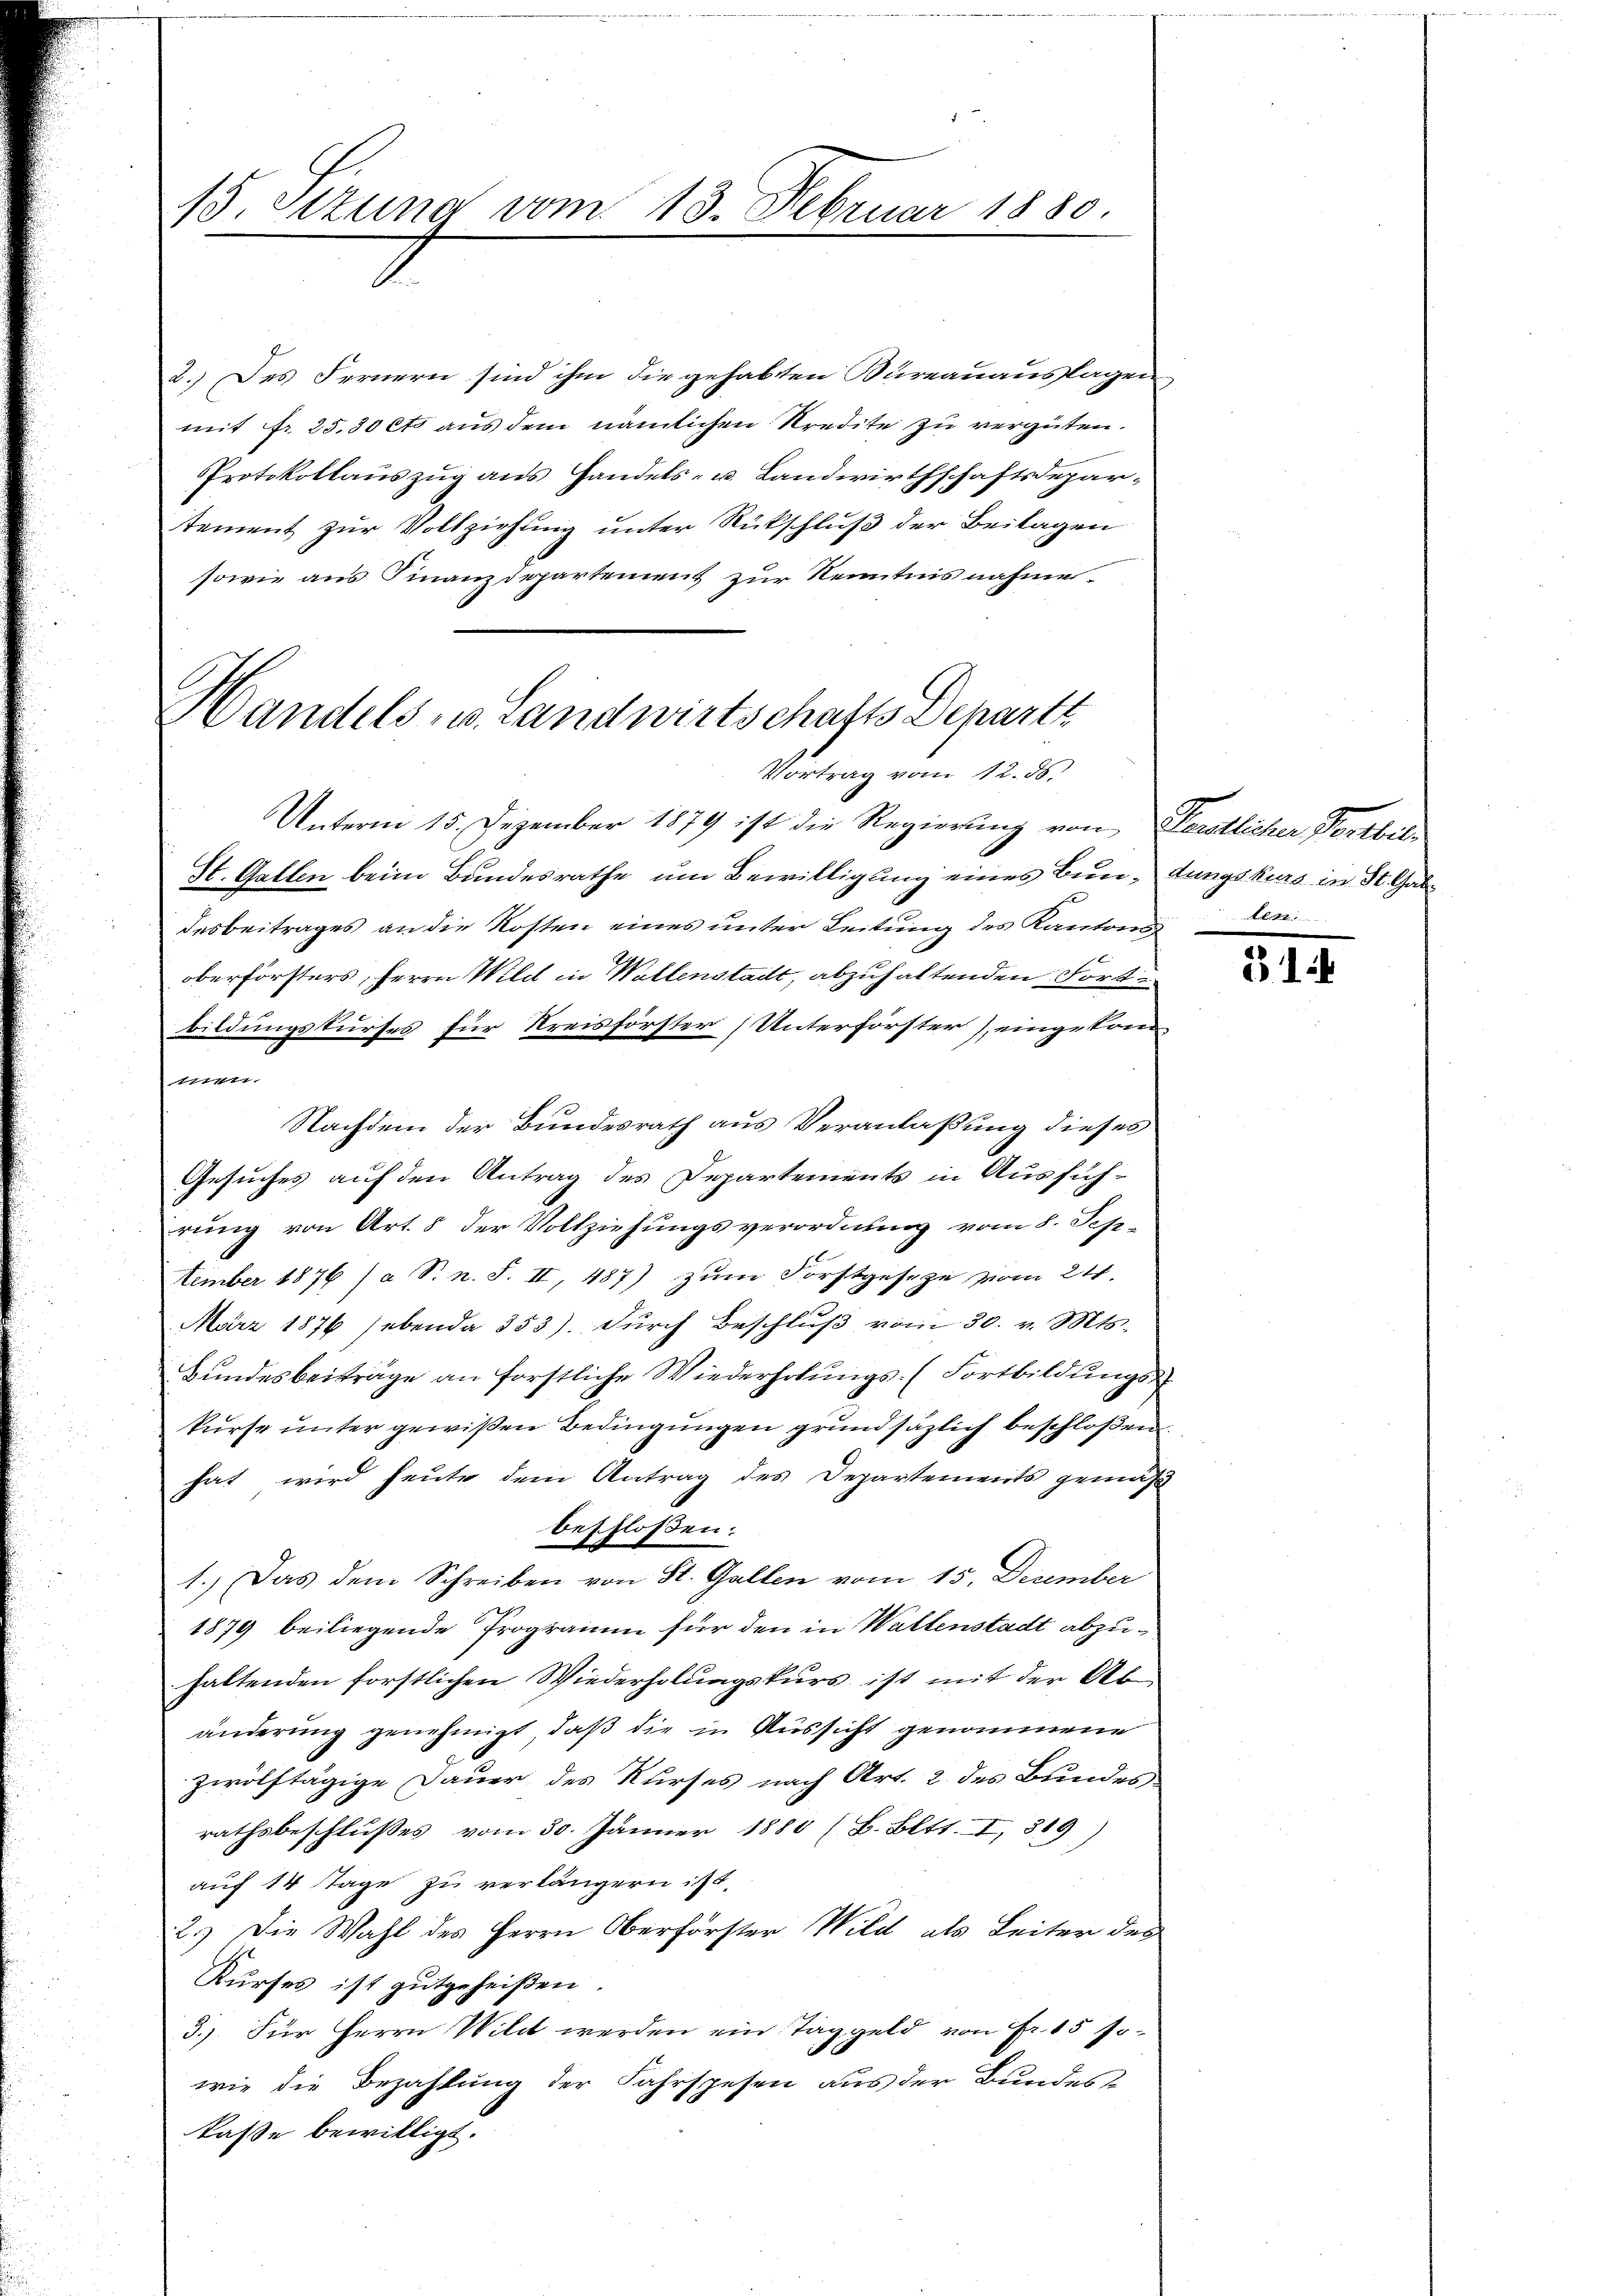
2.) Des Fernern sind ihm die gehabten Bureauauslagen
mit fr. 25.30 cts aŭs dem nämlichen Kredite zu vergüten.
Protokollauszug aus Handels- u. Landwirthschaftsdepartement zur Vollziehung unter Rückschluß der Beilagen
sowie aus Finanzdepartement zur Kenntnis nahme.

Handels- u. Landwirtschafts Departe
Vortrag vom 12. ds.

Unterm 15. Dezember 1879 ist die Regierung von Perstlicher Fortbil¬
St. Gallen beim Bundesrathe um Bewilligung eines Bundungskurs in St. Galdesbeitrages an die Kosten eines unter Leitung des Kantons
oberförsters, Herrn Wild in Wallenstadt, abzuhaltenden Fort
bildungskurses für Kreisförster (Unterförster), eingekomtti.
Nachdem der Bundesrath aus Veranlaßung dieses
Gesuches auf den Antrag des Departements in Ausführung von Art. 8 der Vollziehungsverordnung vom 8. Sep-
tember 1876 (a S. n. F. II, 487) zum Forstgeseze vom 24.
März 1876 (ebenda 353). Dŭrch Beschlŭβ vom 30. v. Mts.
Bŭndesbeiträge an forstliche Wiederholŭngs- (Fortbildŭngs-
kurse unter gewißen Bedingungen grundsäzlich beschloßen
hat wird heute dem Antrag des Departements gemäß
beschloßen:
1.) Das dem Schreiben von St. Gallen vom 15. December
1879 beiliegende Programm für den in Waltenstadt abzuhaltenden förstlichen Wiederholungskurs ist mit der Abänderung genehmigt, daß die in Aussicht genommene
zwölftägige Dauer des Kurses nach Art. 2 des Bundes
rathsbeschlußes vom 30. Jänner 1880 (B. Bett. I, 319)
auf 14 Tage zu verlängern ist.
2.) Die Wahl des Herrn Oberförster Wild als Leiter des
Kurses ist gutgeheißen.
3.) Für Herrn Wildt werden ein Taggeld von Fr. 15 sowie die Bezahlung der Fahrspesen aus der Bundeskasse bewilligt.

15. Stuna vom 13. Februar 1880

31